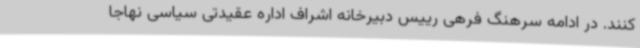
کنند. در ادامه سرهنگ فرهی رییس دبیرخانه اشراف اداره عقیدتی سیاسی نهاجا